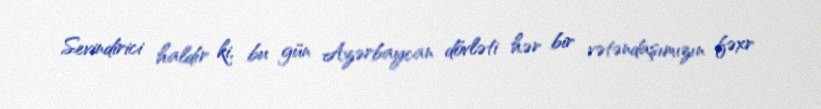
Sevindirici haldır ki, bu gün Azərbaycan dövləti hər bir vətəndaşımızın fəxr